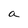
Character: a